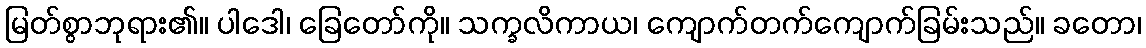
မြတ်စွာဘုရား၏။ ပါဒေါ၊ ခြေတော်ကို။ သက္ခလိကာယ၊ ကျောက်တက်ကျောက်ခြမ်းသည်။ ခတော၊